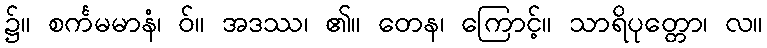
၌။ စင်္ကမမာနံ၊ ဝ်။ အဒဿ၊ ၏။ တေန၊ ကြောင့်။ သာရိပုတ္တော၊ လ။